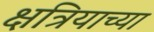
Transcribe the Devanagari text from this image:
क्षत्रियाच्या